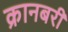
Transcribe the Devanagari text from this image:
क्रानबरी